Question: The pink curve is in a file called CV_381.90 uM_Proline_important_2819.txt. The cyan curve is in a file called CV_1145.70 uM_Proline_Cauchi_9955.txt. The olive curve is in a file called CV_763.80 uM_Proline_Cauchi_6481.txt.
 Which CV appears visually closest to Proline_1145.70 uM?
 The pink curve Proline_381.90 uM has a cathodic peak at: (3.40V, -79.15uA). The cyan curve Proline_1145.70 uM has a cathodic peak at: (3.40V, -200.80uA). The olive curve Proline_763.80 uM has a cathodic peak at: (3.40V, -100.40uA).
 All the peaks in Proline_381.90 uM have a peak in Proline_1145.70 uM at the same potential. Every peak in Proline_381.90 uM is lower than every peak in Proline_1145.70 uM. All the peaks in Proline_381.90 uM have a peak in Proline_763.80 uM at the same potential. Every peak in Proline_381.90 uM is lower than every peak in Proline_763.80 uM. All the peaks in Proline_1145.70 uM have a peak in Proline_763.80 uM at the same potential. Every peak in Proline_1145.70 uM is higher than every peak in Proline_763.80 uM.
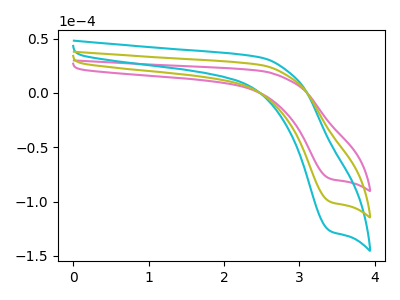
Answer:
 <answer>"Proline_1145.70 uM" and "Proline_763.80 uM" have a similar shape to "Proline_381.90 uM".</answer>
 <eval>"Proline_1145.70 uM" "Proline_763.80 uM"</eval>